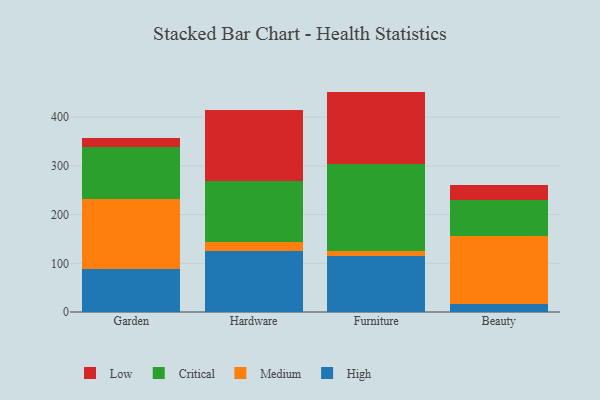
{"axis": {"x": "Category", "y": "Production Output"}, "legend": ["Critical", "High", "Low", "Medium"], "data": [{"x": "Garden", "y": 87.9, "type": "High"}, {"x": "Garden", "y": 145.1, "type": "Medium"}, {"x": "Garden", "y": 106.8, "type": "Critical"}, {"x": "Garden", "y": 17.0, "type": "Low"}, {"x": "Hardware", "y": 124.3, "type": "High"}, {"x": "Hardware", "y": 19.5, "type": "Medium"}, {"x": "Hardware", "y": 125.1, "type": "Critical"}, {"x": "Hardware", "y": 146.6, "type": "Low"}, {"x": "Furniture", "y": 114.8, "type": "High"}, {"x": "Furniture", "y": 9.9, "type": "Medium"}, {"x": "Furniture", "y": 179.8, "type": "Critical"}, {"x": "Furniture", "y": 148.1, "type": "Low"}, {"x": "Beauty", "y": 15.5, "type": "High"}, {"x": "Beauty", "y": 139.8, "type": "Medium"}, {"x": "Beauty", "y": 73.9, "type": "Critical"}, {"x": "Beauty", "y": 31.9, "type": "Low"}]}